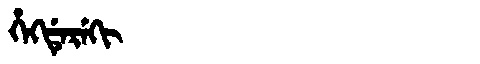
Manchu: ᡥᡝᡴᡩᡝᡵᡝᡴᡳ
Romanization: HEKDEREKI